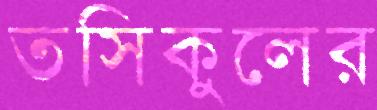
তসিকুলের